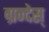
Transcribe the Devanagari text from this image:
ग्रन्देस्